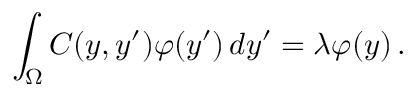
\int _ { \Omega } C ( y , y ^ { \prime } ) \varphi ( y ^ { \prime } ) \, d y ^ { \prime } = \lambda \varphi ( y ) \, .